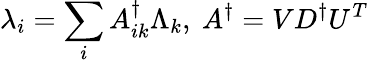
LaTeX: \lambda_{i}=\sum_{i}A_{ik}^{\dagger}\Lambda_{k},\ A^{\dagger}=VD^{\dagger}U^{T}